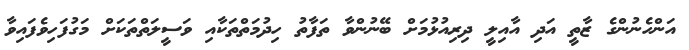
އަންހެނުންގެ ޒާތީ އަދި އާއިލީ ދިރިއުޅުމަށް ބޭނުންވާ ތަފާތު ހިދުމަތްތަކާއި ވަސީލަތްތަކަށް މަގުފަހިވެފައިވާ